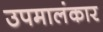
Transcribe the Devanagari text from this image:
उपमालंकार